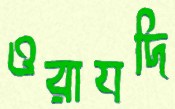
ওরাযদি